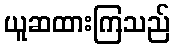
ယူဆထားကြသည်